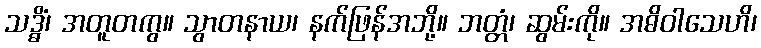
သဒ္ဓိံ၊ အတူတကွ။ သွာတနာယ၊ နက်ဖြန်အဘို့။ ဘတ္တံ၊ ဆွမ်းကို။ အဓိဝါသေဟိ၊